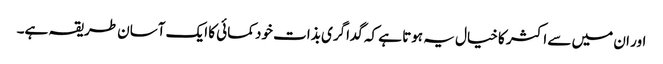
اور ان میں سے اکثر کا خیال یہ ہوتا ہے کہ گداگری بذات خود کمائی کا ایک آسان طریقہ ہے۔